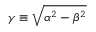
\gamma \equiv \sqrt { \alpha ^ { 2 } - \beta ^ { 2 } }